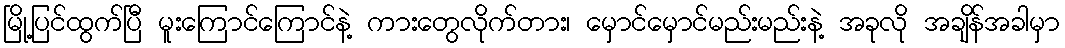
မြို့ပြင်ထွက်ပြီ မူးကြောင်ကြောင်နဲ့ ကားတွေလိုက်တား၊ မှောင်မှောင်မည်းမည်းနဲ့ အခုလို အချိန်အခါမှာ